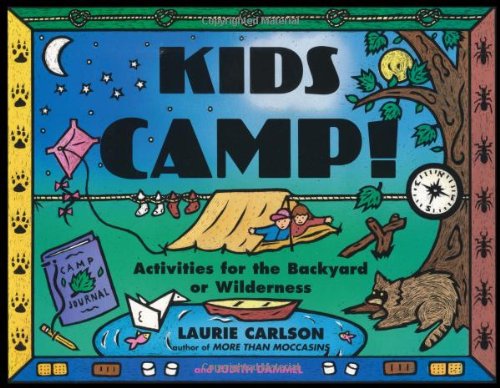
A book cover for Kids Camp!: Activities for the Backyard or Wilderness (Kid's Guide); Laurie Carlson; Children's Books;